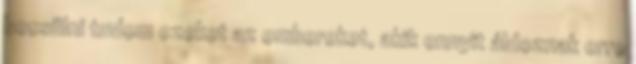
becsülni tudom ezeket az embereket, akik ennyit áldoznak erre